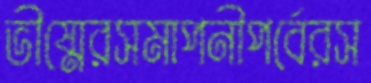
ভীষ্মেরসমাপনীপর্বেরস